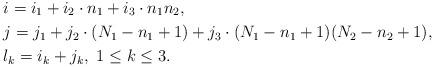
LaTeX: \begin{align*}&i=i_1+i_2\cdot n_1+i_3\cdot n_1n_2,\\&j = j_1+j_2\cdot (N_1-n_1+1)+j_3\cdot (N_1-n_1+1)(N_2-n_2+1),\\&l_k=i_k+j_k, ~1\leq k \leq 3.\end{align*}